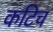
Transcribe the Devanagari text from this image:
कटिच